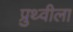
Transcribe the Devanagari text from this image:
प्रुथ्वीला